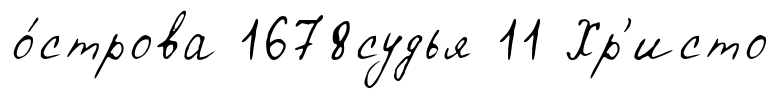
о́строва 1678судья 11 Хр'исто